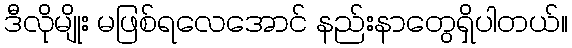
ဒီလိုမျိုး မဖြစ်ရလေအောင် နည်းနာတွေရှိပါတယ်။